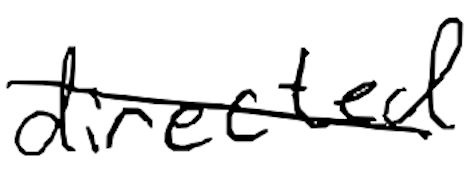
Text: directed
Cross-out: diagonal
Writing tool: digital_black